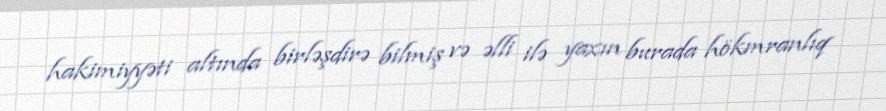
hakimiyyəti altında birləşdirə bilmiş və əlli ilə yaxın burada hökmranlıq